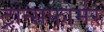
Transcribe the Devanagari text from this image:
ट्रान्सफोर्मर